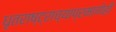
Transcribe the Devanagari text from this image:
धृतराष्ट्राच्याप्रमाणेही